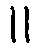
။